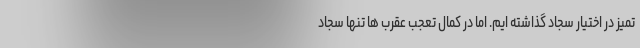
تمیز در اختیار سجاد گذاشته ایم. اما در کمال تعجب عقرب ها تنها سجاد